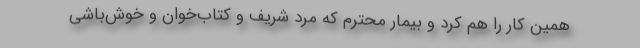
همین کار را هم کرد و بیمار محترم که مرد شریف و کتاب‌خوان و خوش‌باشی